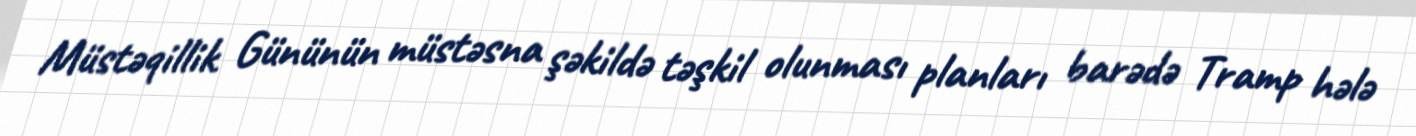
Müstəqillik Gününün müstəsna şəkildə təşkil olunması planları barədə Tramp hələ